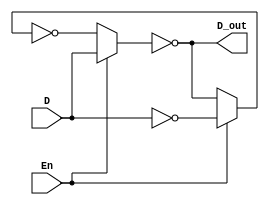
module bitcell6T(input D, input En, output D_out);
wire a, b, c, d;
assign a = (En) ? D : d;
assign b = ~a;
assign c = (En) ? (~D) : b;
assign d = ~c;
assign D_out = b;
endmodule